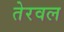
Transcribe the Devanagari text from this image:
तेरवल